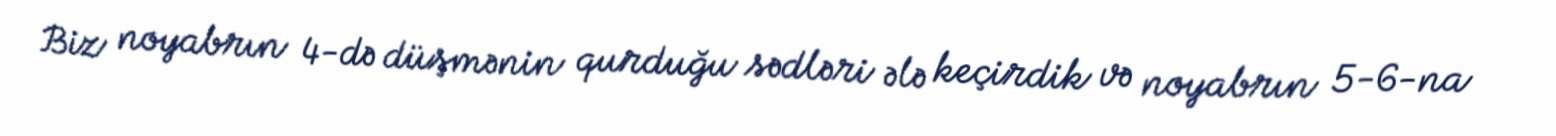
Biz noyabrın 4-də düşmənin qurduğu sədləri ələ keçirdik və noyabrın 5-6-na